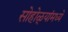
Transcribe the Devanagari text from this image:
सोहोळ्यांमध्ये